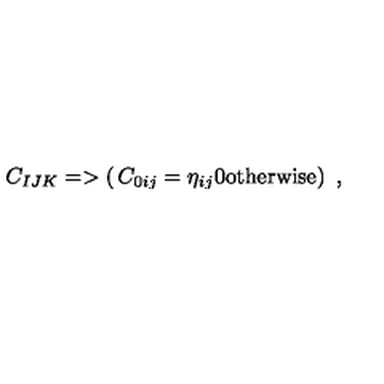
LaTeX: C _ { I J K } = > \left( \begin{matrix} { C _ { 0 i j } = \eta _ { i j } } \\ { 0 \mathrm { o t h e r w i s e } } \\ \end{matrix} \right) \ ,